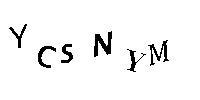
YCSNYM